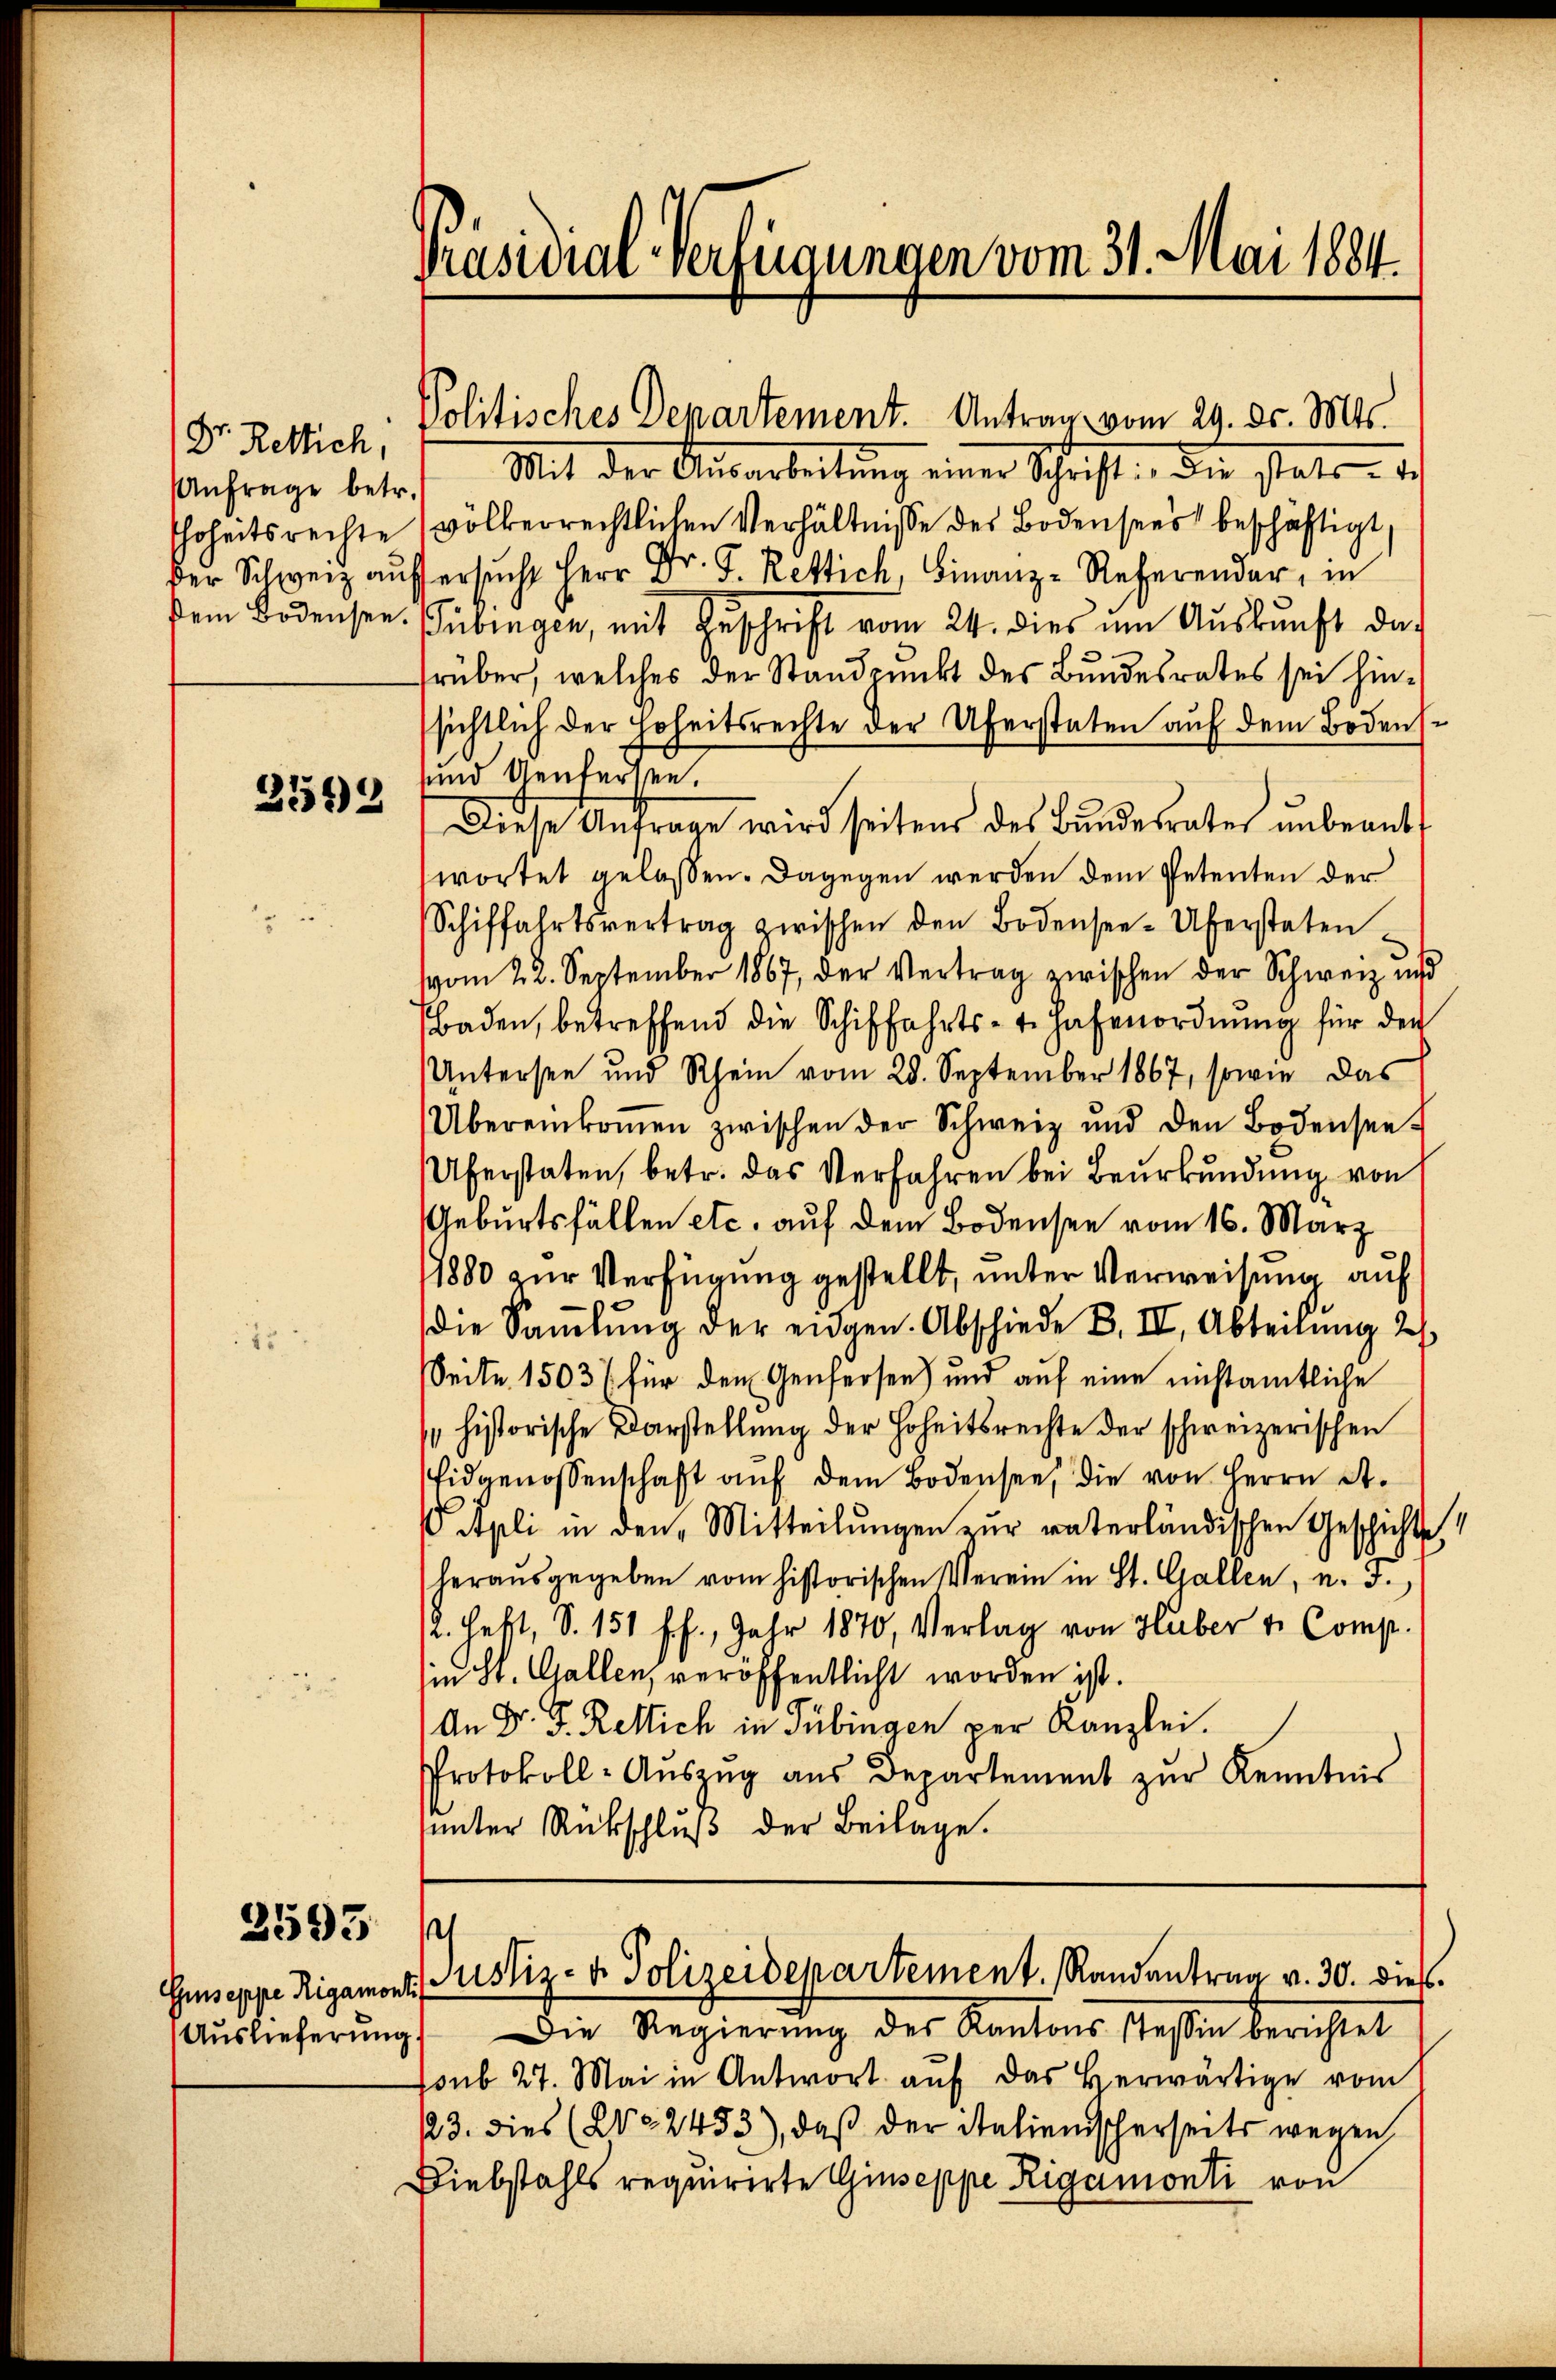
Dr. Retlich,
Anfrage betr.
Thoheitsrechte
der Schweiz auf
sein Bodensee.

2543

3593

Präsidial-Verfügungen vom 31. Mai 1884.

Politisches Departement. Antrag vom 29. ds. Mts.

Mit der Ausarbeitung einer Schrift. Die statt. d.
völkerrechtlichen Verhältnisse des Bodensees beschäftigt,
Versucht Herr Dr. J. Rettich, Finanz-Referender, in
Tübingen, mit Geschrift vom 24. dies um Auskunft dar
früber, welches der Standpunkt des Bundesrates sei hinsichtlich der Hoheitsrechte der Uferstaten auf dem Bodens¬
und Untersen.
Diese Anfrage wird seitens des Bŭndesrates ŭnbeantwortet gelassen. Dagegen werden dem Petenten der
Schiffahrtsvertrag zwischen den Bodensee-Überstaten
vom 22. September 1867, der Vertrag zwischen der Schweiz un
Baden, betreffend die Schiffahrts- u. Hafenordnŭng für der
Untersee und Rhein vom 28. September 1867, sowie das
Übereinkoṁen zwischen der Schweiz und den Bodensee
Uferstaten, betr. das Verfahren bei Beurkundung von
Geburtsfällen etc. auf dem Bodensee vom 16. März
1880 zur Verfügung gestellt, unter Verweisung auf
die Saṁlŭng der eidgen. Abschiede B. II, Abteilung 2
Seite 15031 für den Genfersen) und auf eine nichtamtliche
historische Darstellung der Hoheitsrechte der schweizerischen
Eidgenossenschaft aŭf dem Bodensee, die von Herrn A.
 Apli in den Mitteilungen zur vaterländischen Geschichtsch
herausgegeben vom historischen Verein in St. Gallen, u. F.
12. Heft, S. 151 ff., Jahr 1870, Verlag von Huber v. Comp.
sin St. Gallen, veröffentlicht worden ist.
An Dr. F. Retlich in Tübingen per Kanzlei.
Protokoll-Aŭszŭg aŭs Departement zŭr Kenntnis
uunter Rückschluß der Beilage.

1
Giuseppe Rigamont ustiz- & Polizeidepartement. Randantrag v. 30. dies

Aŭslieferŭng. Die Regierŭng des Kantons Tessin berichtet
soub 27. Mai in Antwort aŭf das herwärtige vom
223. dies (202453), daß der italienischerseits wegen
Diebstahls requirirte Giuseppe Rigamonti von